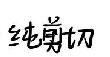
纯剪切